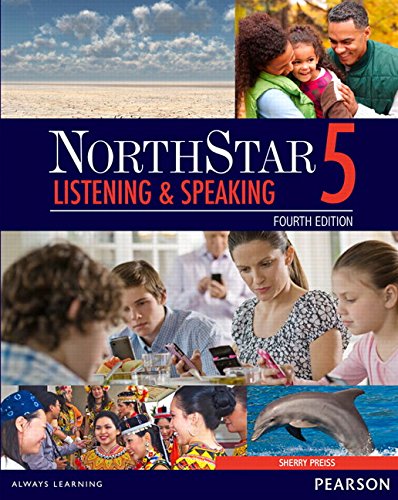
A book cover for NorthStar Listening and Speaking 5 with MyEnglishLab (4th Edition); Sherry Preiss; Reference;